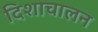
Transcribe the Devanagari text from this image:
दिशाचालन